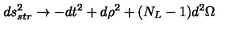
d s _ { s t r } ^ { 2 } \rightarrow - d t ^ { 2 } + d \rho ^ { 2 } + ( N _ { L } - 1 ) d ^ { 2 } \Omega